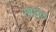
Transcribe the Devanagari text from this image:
अपूर्वच